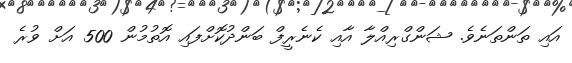
އައި ތަންތަނެވެ. ޝަންގްރިއްލާ އާއި ކެނެރީފް ބަންދުކޮށްފައި އޮތުމުން 500 އަށް ވުރެ